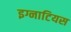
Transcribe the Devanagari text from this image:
इग्नाटियस